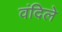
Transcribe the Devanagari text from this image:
वंदिले